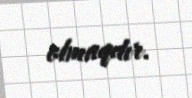
olmaqdır.